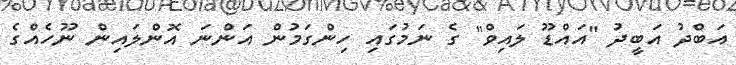
އަބްދު އަބީދު "އައްޑޫ ލައިވް" ގެ ނަމުގައި ހިންގަމުން އަންނަ އޮންލައިން ނޫހެއްގެ